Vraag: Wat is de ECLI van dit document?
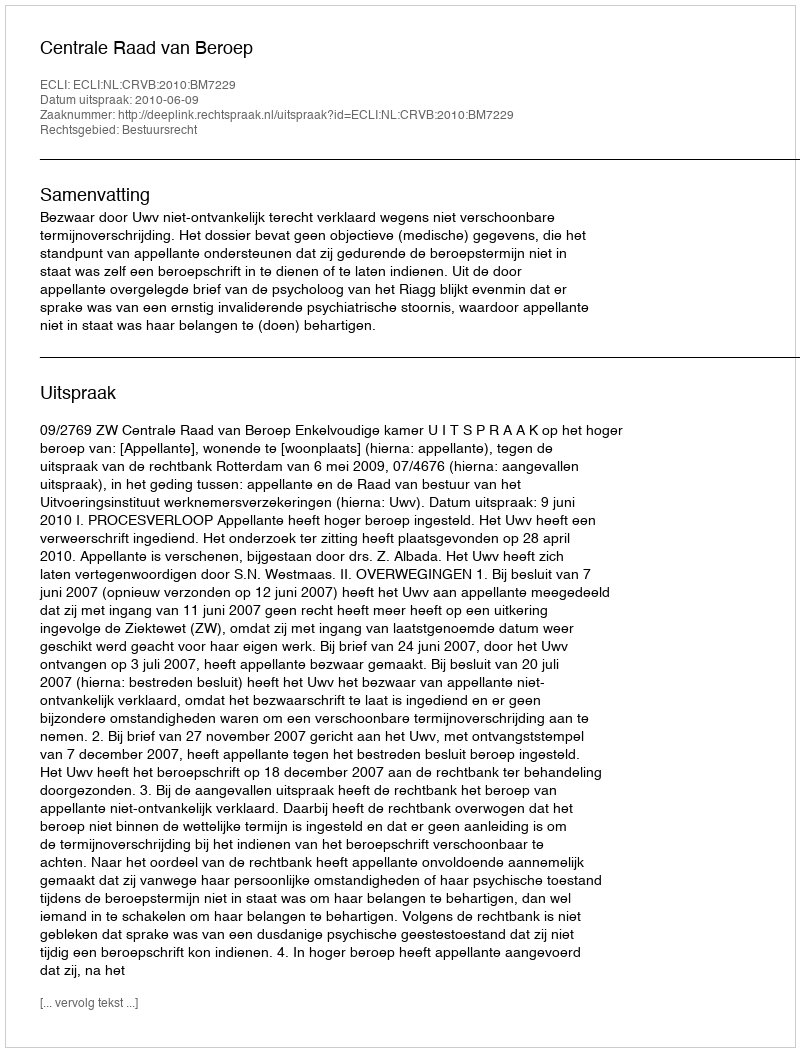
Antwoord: ECLI:NL:CRVB:2010:BM7229